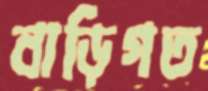
বাড়িগত